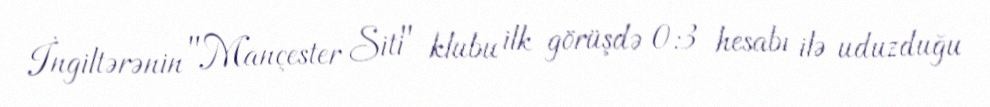
İngiltərənin "Mançester Siti" klubu ilk görüşdə 0:3 hesabı ilə uduzduğu